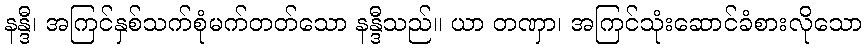
နန္ဒီ၊ အကြင်နှစ်သက်စုံမက်တတ်သော နန္ဒီသည်။ ယာ တဏှာ၊ အကြင်သုံးဆောင်ခံစားလိုသော